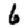
Digit: 6